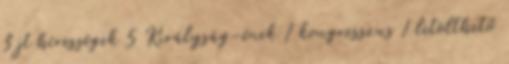
3 jt hírességek 5 Királyság-ének 1 kongresszus 1 letölthető